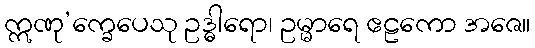
ဣဏု’က္ခေပေသု ဥဒ္ဓါရော၊ ဥမ္မာရေ ဧဠကော အဇေ။